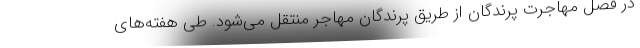
در فصل مهاجرت پرندگان از طریق پرندگان مهاجر منتقل می‌شود. طی هفته‌های